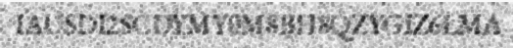
IAUSDI2SCDYMY0M8BH8QZYGIZ6LMA